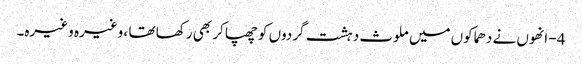
4- انھوں نے دھماکوں میں ملوث دہشت گردوں کو چھپا کر بھی رکھا تھا ، وغیرہ وغیرہ۔